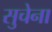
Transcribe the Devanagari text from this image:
सुचेना